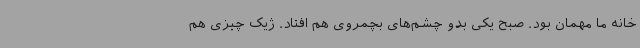
خانه ما مهمان بود. صبح یکی بدو چشم‌های بچمروی هم افتاد. ژیک چیزی هم